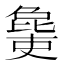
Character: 𣬒